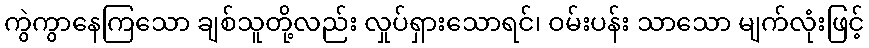
ကွဲကွာနေကြသော ချစ်သူတို့လည်း လှုပ်ရှားသောရင်၊ ဝမ်းပန်း သာသော မျက်လုံးဖြင့်